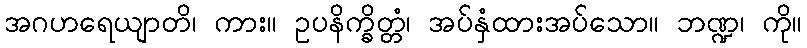
အဂဟရေယျာတိ၊ ကား။ ဥပနိက္ခိတ္တံ၊ အပ်နှံထားအပ်သော။ ဘဏ္ဍ၊ ကို။